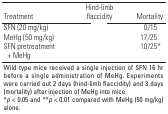
<table><thead><tr><td><b>Treatment</b></td><td>[EMPTY_CELL]</td><td><b>Hind-limb flaccidity</b></td><td>[EMPTY_CELL]</td><td><b>Mortality</b></td></tr></thead><tbody><tr><td>SFN (20 mg/kg)</td><td>[EMPTY_CELL]</td><td>[EMPTY_CELL]</td><td>[EMPTY_CELL]</td><td>0/15</td></tr><tr><td>MeHg (50 mg/kg)</td><td>[EMPTY_CELL]</td><td>[EMPTY_CELL]</td><td>[EMPTY_CELL]</td><td>17/25</td></tr><tr><td>SFN pretreatment + MeHg</td><td>[EMPTY_CELL]</td><td>[EMPTY_CELL]</td><td>[EMPTY_CELL]</td><td>10/25*</td></tr><tr><td colspan="5">Wild-type mice received a single injection of SFN 16 hr before a single administration of MeHg. Experiments were carried out 2 days (hind-limb flaccidity) and 3 days (mortality) after injection of MeHg into mice. *<i>p</i> &lt; 0.05 and **<i>p</i> &lt; 0.01 compared with MeHg (50 mg/kg) alone. </td></tr></tbody></table>